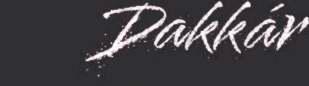
Dakkár